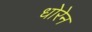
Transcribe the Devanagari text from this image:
धोरेन